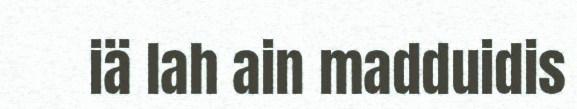
iä lah ain madduidis